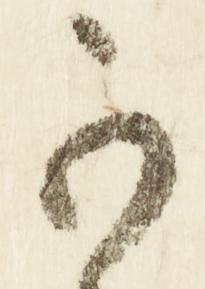
可